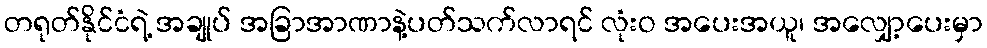
တရုတ်နိုင်ငံရဲ့ အချုပ် အခြာအာဏာနဲ့ပတ်သက်လာရင် လုံးဝ အပေးအယူ၊ အလျှော့ပေးမှာ